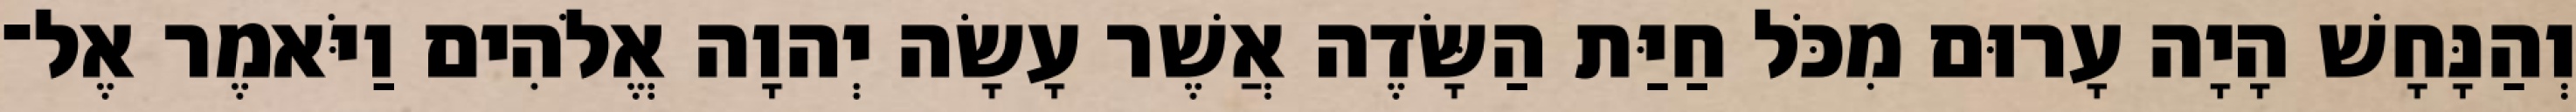
וְהַנָּחָשׁ הָיָה עָרוּם מִכֹּל חַיַּת הַשָּׂדֶה אֲשֶׁר עָשָׂה יְהוָה אֱלֹהִים וַיֹּאמֶר אֶל־